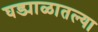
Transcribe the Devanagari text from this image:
घड्याळातल्या